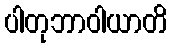
ပါတုဘာဝါယာတိ